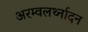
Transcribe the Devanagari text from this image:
अरम्वलर्थ्नादन